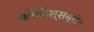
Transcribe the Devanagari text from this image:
कोमीस्सब्रोट